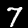
Label: 7